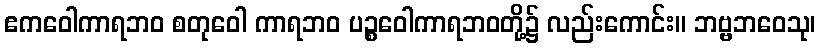
ဧကဝေါကာရဘဝ စတုဝေါ ကာရဘဝ ပဉ္စဝေါကာရဘဝတို့၌ လည်းကောင်း။ ဘဗ္ဗဘဝေသု၊